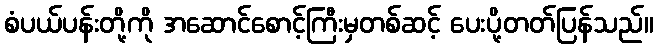
စံပယ်ပန်းတို့ကို အဆောင်စောင့်ကြီးမှတစ်ဆင့် ပေးပို့တတ်ပြန်သည်။